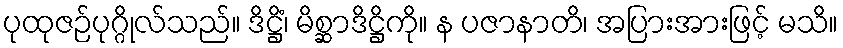
ပုထုဇဉ်ပုဂ္ဂိုလ်သည်။ ဒိဋ္ဌိံ၊ မိစ္ဆာဒိဋ္ဌိကို။ န ပဇာနာတိ၊ အပြားအားဖြင့် မသိ။